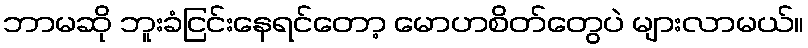
ဘာမဆို ဘူးခံငြင်းနေရင်တော့ မောဟစိတ်တွေပဲ များလာမယ်။